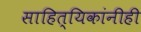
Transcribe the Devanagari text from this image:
साहित्यिकांनीही